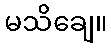
မသိချေ။